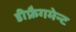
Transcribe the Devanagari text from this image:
डीफ्रैगमेन्ट